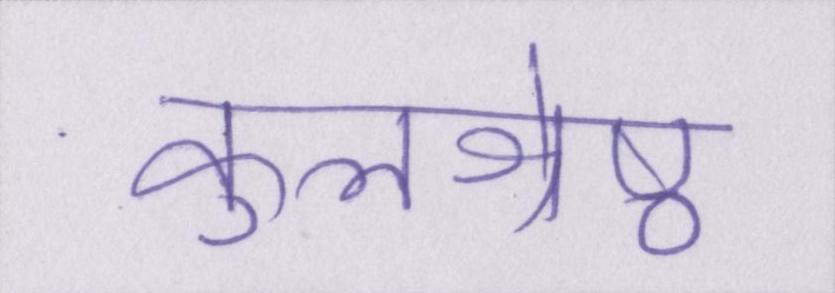
कुलश्रेष्ठ